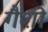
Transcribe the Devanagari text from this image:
गैशो